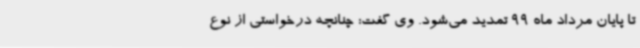
تا پایان مرداد ماه 99 تمدید می‌شود. وی گفت: چنانچه درخواستی از نوع